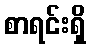
စာရင်းရှိ